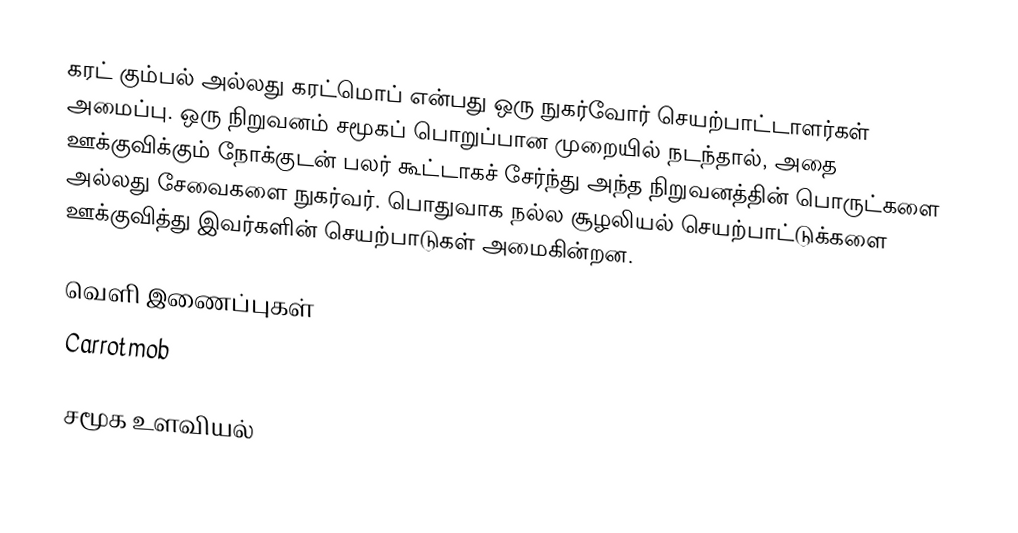
கரட் கும்பல் அல்லது கரட்மொப் என்பது ஒரு நுகர்வோர் செயற்பாட்டாளர்கள் அமைப்பு. ஒரு நிறுவனம் சமூகப் பொறுப்பான முறையில் நடந்தால், அதை ஊக்குவிக்கும் நோக்குடன் பலர் கூட்டாகச் சேர்ந்து அந்த நிறுவனத்தின் பொருட்களை அல்லது சேவைகளை நுகர்வர். பொதுவாக நல்ல சூழலியல் செயற்பாட்டுக்களை ஊக்குவித்து இவர்களின் செயற்பாடுகள் அமைகின்றன.

வெளி இணைப்புகள்
 Carrotmob

சமூக உளவியல்